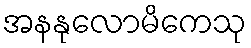
အနနုလောမိကေသု